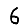
Digit: 6